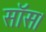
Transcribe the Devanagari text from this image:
सॉस।